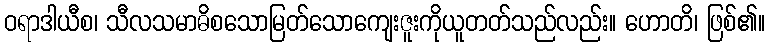
ဝရာဒါယီစ၊ သီလသမာဓိစသောမြတ်သောကျေးဇူးကိုယူတတ်သည်လည်း။ ဟောတိ၊ ဖြစ်၏။